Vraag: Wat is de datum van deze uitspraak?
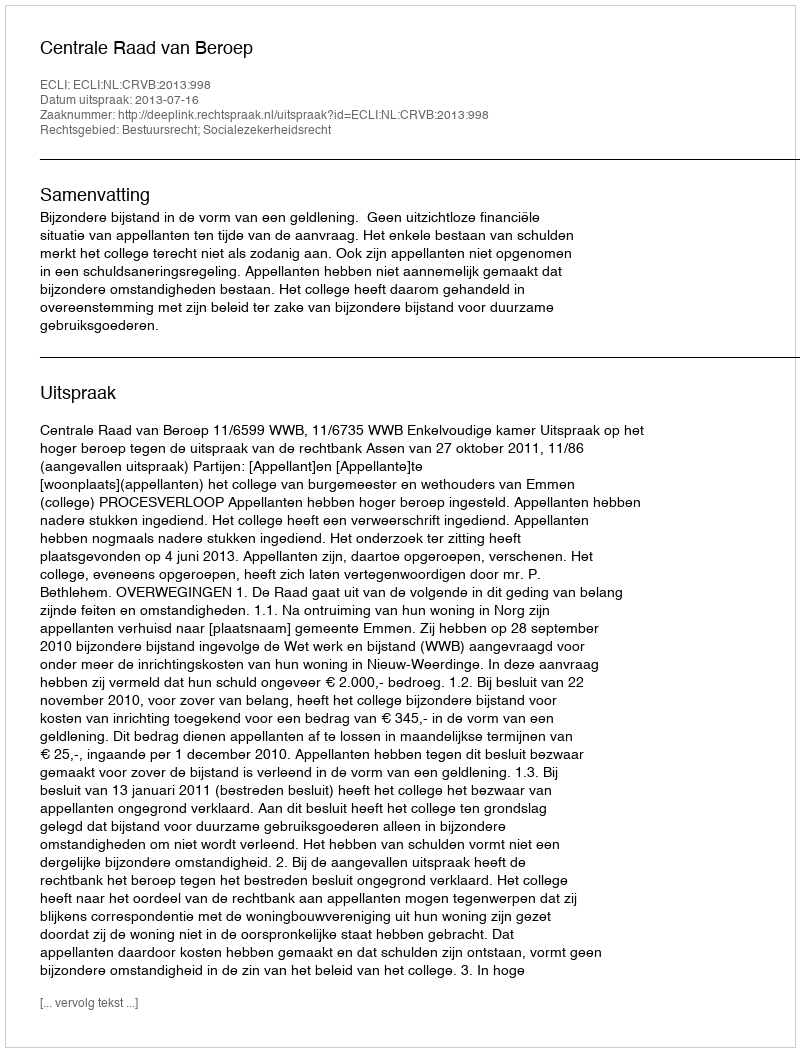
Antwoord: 2013-07-16